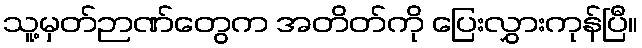
သူ့မှတ်ဉာဏ်တွေက အတိတ်ကို ပြေးလွှားကုန်ပြီ။